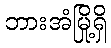
ဘားအံမြို့ရှိ